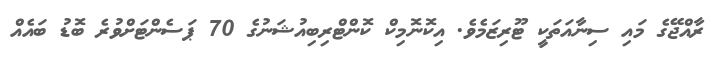
ރާއްޖޭގެ މައި ސިނާއަތަކީ ޓޫރިޒަމެވެ. އިކޮނޮމިކް ކޮންޓްރިބިއުޝަނުގެ 70 ޕަސެންޓަށްވުރެ ބޮޑު ބައެއް